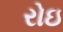
રોઇ